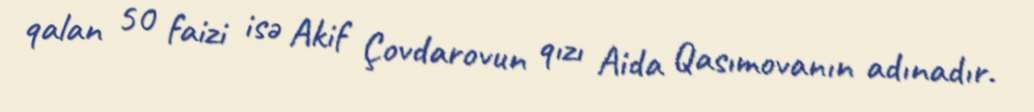
qalan 50 faizi isə Akif Çovdarovun qızı Aida Qasımovanın adınadır.